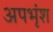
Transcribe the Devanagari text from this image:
अपभृंश